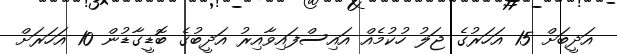
އަދީބަށް 15 އަހަރުގެ ޖަލު ހުކުމެއް އައިސްފައިވާއިރު އަދީބުގެ ބޮޑީގާޑުން 10 އަހަރަށް